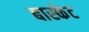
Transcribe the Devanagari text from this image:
बास्‍केट